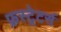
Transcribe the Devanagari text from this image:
फ्रस्ट्रेटर्स